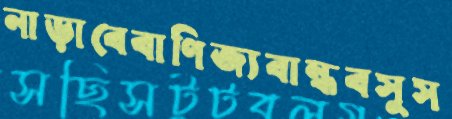
নাড়াবেবাণিজ্যবান্ধবসুস